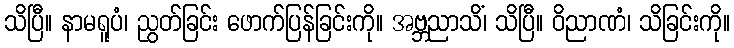
သိပြီ။ နာမရူပံ၊ ညွတ်ခြင်း ဖောက်ပြန်ခြင်းကို။ အဗ္ဘညာသိံ၊ သိပြီ။ ဝိညာဏံ၊ သိခြင်းကို။